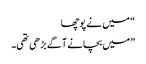
“ میں نے پوچھا
”میں بچانے آگے بڑھی تھی۔